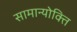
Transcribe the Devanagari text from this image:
सामान्योक्ति